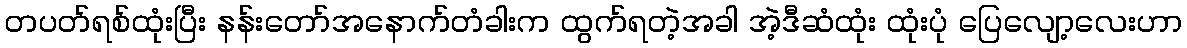
တပတ်ရစ်ထုံးပြီး နန်းတော်အနောက်တံခါးက ထွက်ရတဲ့အခါ အဲ့ဒီဆံထုံး ထုံးပုံ ပြေလျော့လေးဟာ